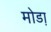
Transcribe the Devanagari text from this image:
मोडा़